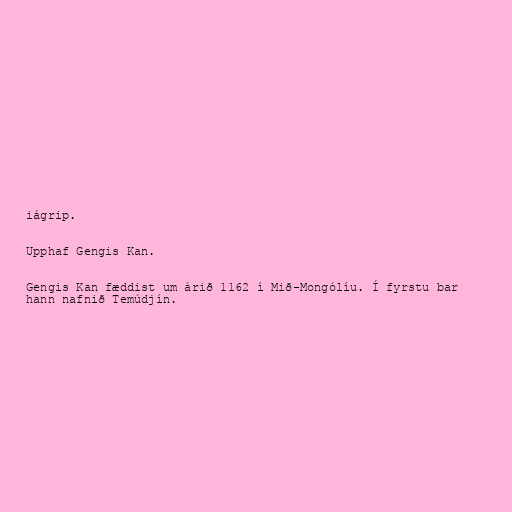
iágrip.

Upphaf Gengis Kan.

Gengis Kan fæddist um árið 1162 í Mið-Mongólíu. Í fyrstu bar
hann nafnið Temúdjín.